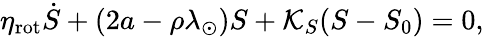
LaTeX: \begin{array}{r}{\eta_{\mathrm{rot}}\dot{S}+(2a-\rho\lambda_{\odot})S+\mathcal{K}_{S}(S-S_{0})=0,}\end{array}